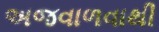
અજવાળવાથી